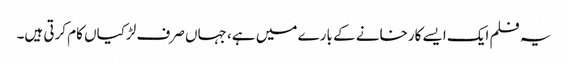
یہ فلم ایک ایسے کارخانے کے بارے میں ہے، جہاں صرف لڑکیاں کام کرتی ہیں۔